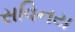
સવિનય